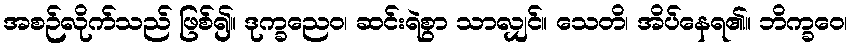
အစဉ်လိုက်သည် ဖြစ်၍။ ဒုက္ခညေဝ၊ ဆင်းရဲစွာ သာလျှင်။ သေတိ၊ အိပ်နေရ၏။ ဘိက္ခဝေ၊